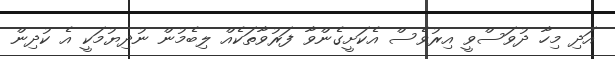
އަދި މިހާ ދުވަސްވީ އިރުވެސް އެކަށީގެންވާ ފަރުވާތަކެއް ލިބެމުން ނުދިޔުމަކީ އެ ކުދިން